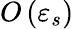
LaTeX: O\left(\varepsilon_{s}\right)